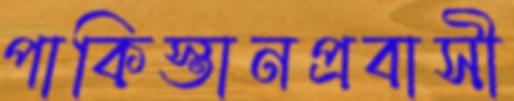
পাকিস্তানপ্রবাসী